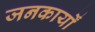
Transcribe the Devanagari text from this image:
जनकार्यों